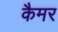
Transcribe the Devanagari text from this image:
कैमर